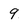
Character: 9